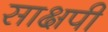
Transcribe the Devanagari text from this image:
साक्षपी